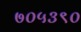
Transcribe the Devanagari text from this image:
७०५३९०